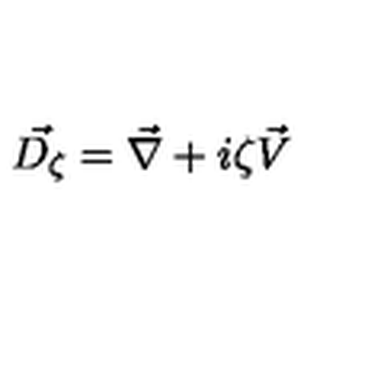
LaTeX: \vec { D _ { \zeta } } = \vec { \nabla } + i \zeta \vec { V }